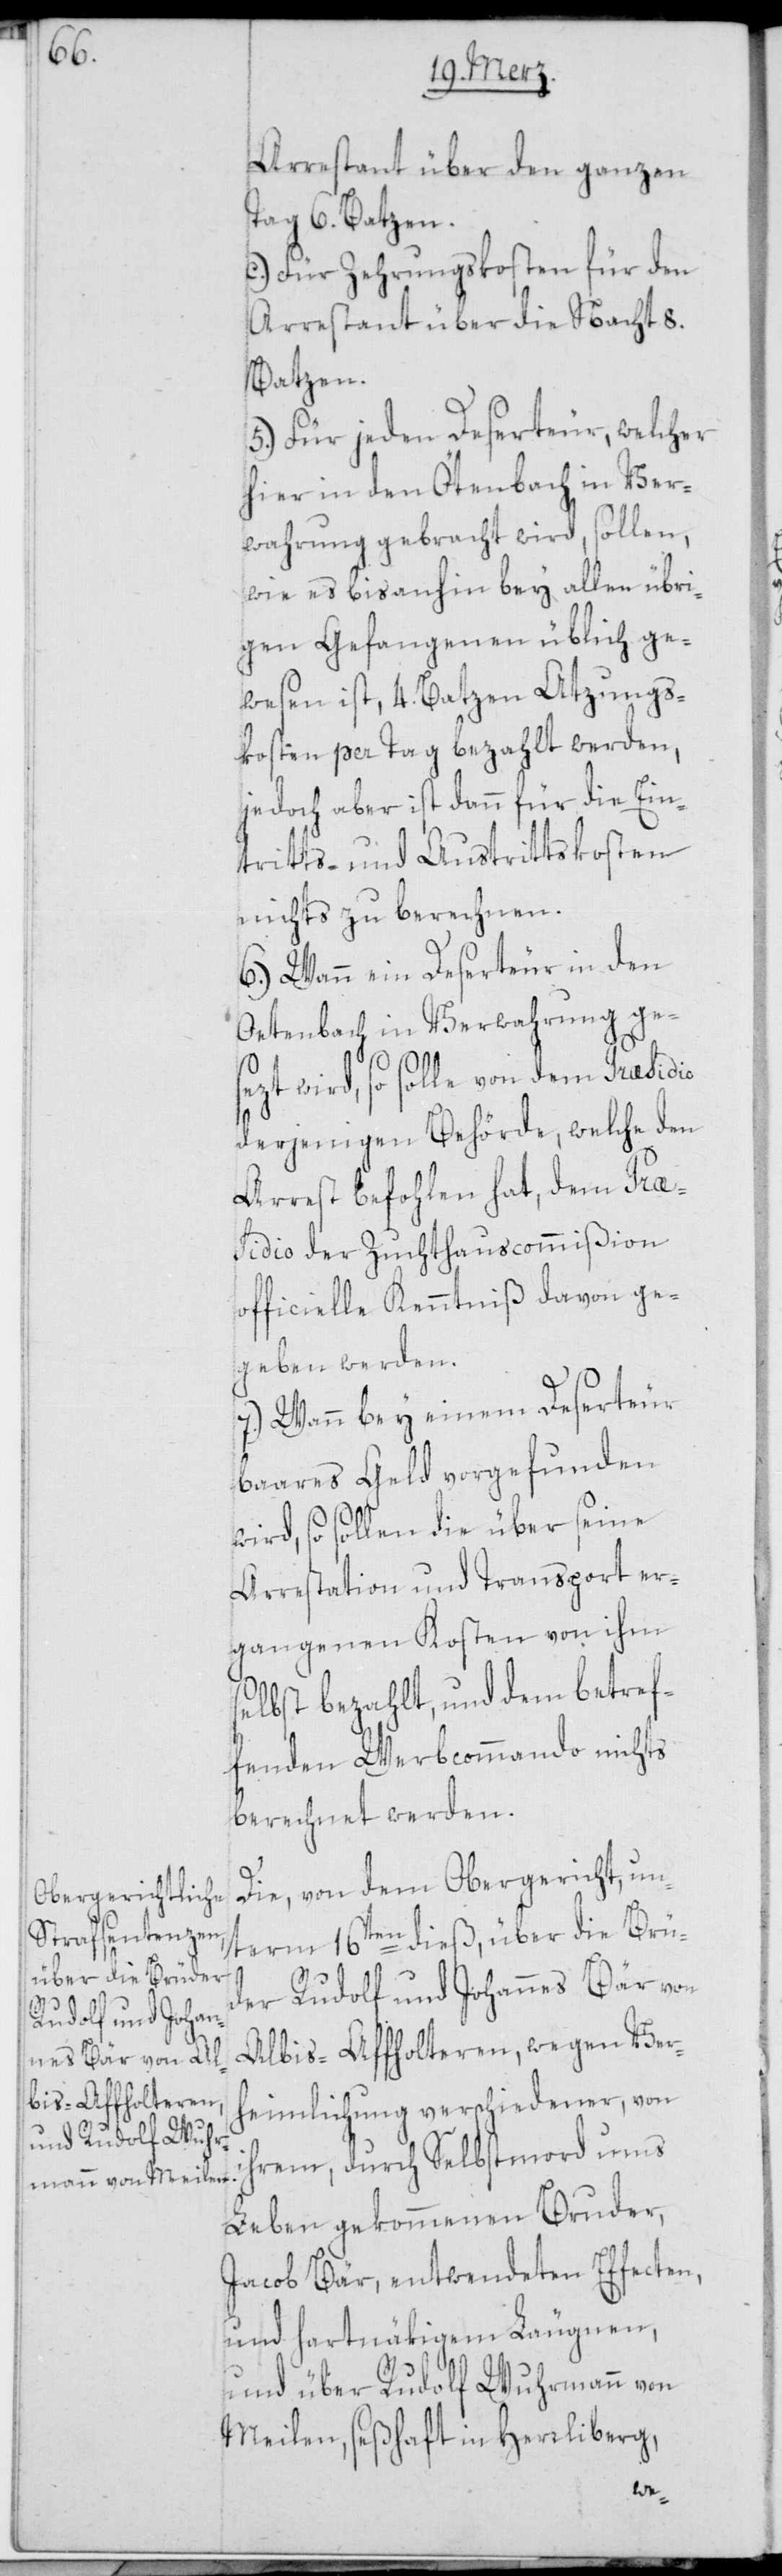
Arrestant über den ganzen
Tag 6. Batzen.
c.) Für Zehrungskosten für den
Arrestant über die Nacht 8.
Batzen.
5.) Für jeden Deserteur, welcher
hier in den Ötenbach in Ver¬
wahrung gebracht wird, sollen,
wie es bisanhin bey allen übri¬
gen Gefangenen üblich ge¬
wesen ist, 4. Batzen Atzungs¬
kosten per Tag bezahlt werden,
jedoch aber ist dann für die Ein¬
tritts- und Austrittskosten
nichts zu berechnen.
6.) Wann ein Deserteur in den
Oetenbach in Verwahrung ge¬
i¬
sezt wird, so solle von dem Præsidio
derjenigen Behörde, welche den
Arrest befohlen hat, dem Præ¬
sidio der Zuchthauscommißion
officielle Kenntniß davon ge¬
geben werden.
7.) Wann bey einem Deserteur
baares Geld vorgefunden
wird, so sollen die über seine
Arrestation und Transport er¬
gangenen Kosten von ihm
selbst bezahlt, und dem betref¬
fenden Werbcommando nichts
berechnet werden.
Die, von dem Obergericht, un¬
term 16ten dieß, über die Brü¬
der Rudolf und Johannes Bär von
Albis-Affholteren, wegen Ver¬
heimlichung verschiedener, von
hrem, durch Selbstmord ums
Leben gekommenen Bruder,
Jacob Bär, entwendeten Effecten,
und hartnäkigem Läugnen,
und über Rudolf Wuhrmann von
Meilen, seßhaft in Herrliberg,